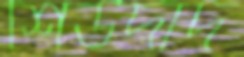
শিউদাদ